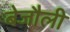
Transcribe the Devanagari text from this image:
बेजौली